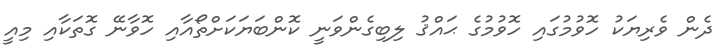
ދެން ވެރިޔަކު ހޮވުމުގައި ހޮވުމުގެ ޙައްޤު ލިބިގެންވަނީ ކޮންބަޔަކަށްތޯއާއި ހޮވާނޭ ގޮތަކާއި މިއީ